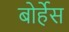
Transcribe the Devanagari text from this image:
बोर्हेस